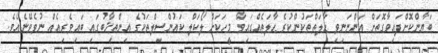
ބަޔާންކޮށްފައިވާގޮތަށް އަންނަނިވި ޙާލަތްތަކުންކުރެ ޙާލަތެއްގައިވާ މީހަކަށް ލޯކަލް ކައުންސިލްތަކުގެ އިންތިޚާބުގައި ބައިވެރިއެއް ނުވެވޭނެއެވެ.